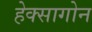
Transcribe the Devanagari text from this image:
हेक्सागोन